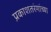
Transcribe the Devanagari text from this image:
प्रकाशतरंगांच्या